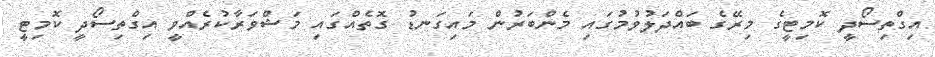
އިގްތިސޯދީ ކޮމިޓީގެ މިރޭގެ ބައްދަލުވުމުގައި މެންބަރުން މައިގަނޑު ގޮތެއްގައި މަޝްވަރާކުރެއްވީ އިގްތިސޯދީ ކޮމިޓީ